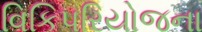
વિકિપરિયોજના